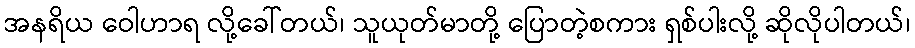
အနရိယ ဝေါဟာရ လို့ခေါ်တယ်၊ သူယုတ်မာတို့ ပြောတဲ့စကား ရှစ်ပါးလို့ ဆိုလိုပါတယ်၊